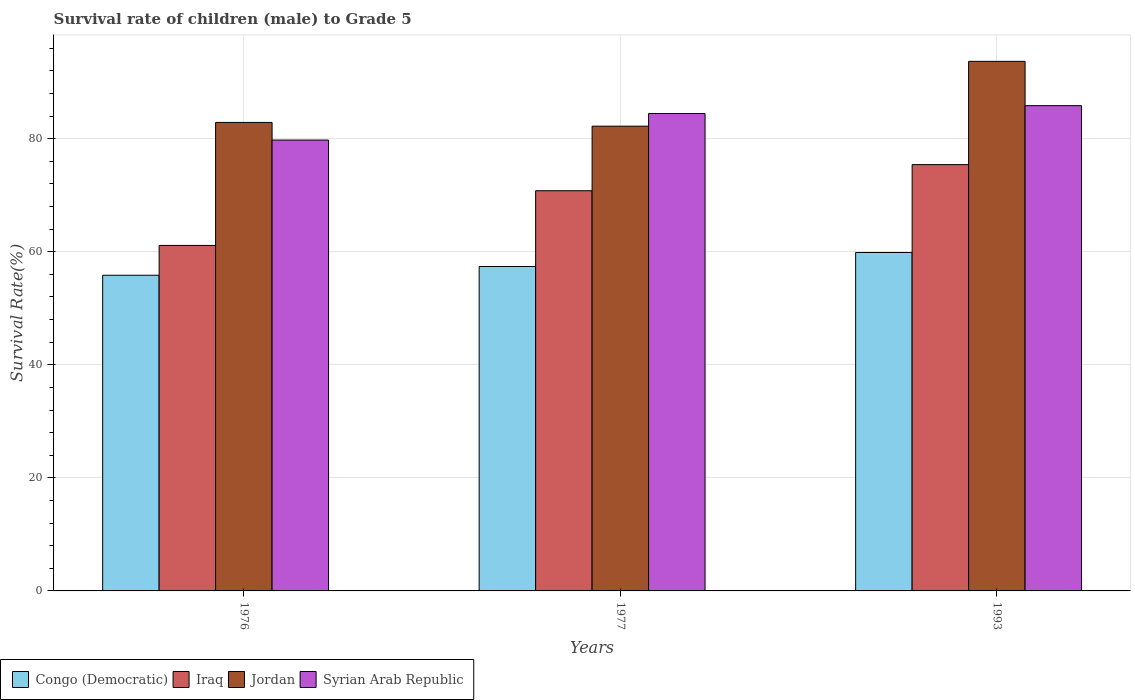
| Years | Congo (Democratic) | Iraq | Jordan | Syrian Arab Republic |
 | --- | --- | --- | --- | --- |
 | 1976 | 55.8 | 61.1 | 82.9 | 79.8 |
 | 1977 | 57.4 | 70.8 | 82.2 | 84.5 |
 | 1993 | 59.9 | 75.4 | 93.7 | 85.8 |